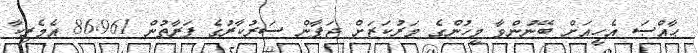
ޙާއްޞަ އެހީއަށް ބޭނުންވާ މީހުންގެ މަރުކަޒަށް ޖަޕާން ސަރުކާރުގެ ފަރާތުން 86